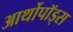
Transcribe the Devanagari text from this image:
आर्थोपॉड्स